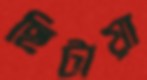
ছিটায়া